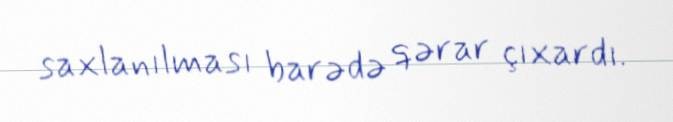
saxlanılması barədə qərar çıxardı.